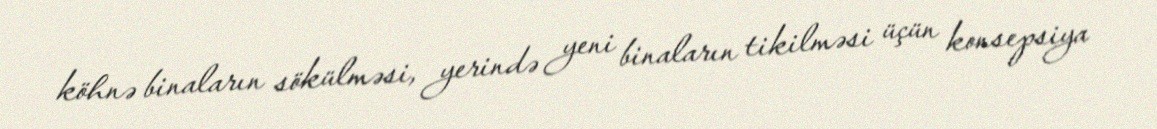
köhnə binaların sökülməsi, yerində yeni binaların tikilməsi üçün konsepsiya